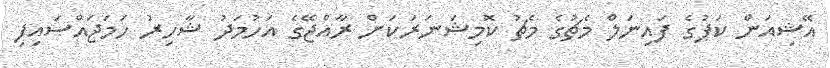
އޭޝިއަން ކަޕުގެ ފައިނަލް މެޗުގެ މެޗު ކޮމިޝަނަަރަކަށް ރާއްޖޭގެ އަހުމަދު ޝާހިރު ހަމަަޖައްސައިފި